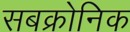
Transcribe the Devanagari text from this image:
सबक्रोनिक